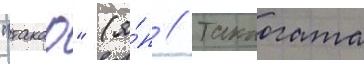
"такао" (я́п // Такаогата